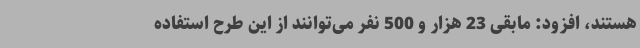
هستند، افزود: مابقی 23 هزار و 500 نفر می‌توانند از این طرح استفاده